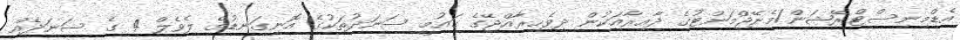
އެޑްމިނިސްޓްރޭޝަން/މެނޭޖްމަންޓުގެ ދާއިރާއަކުން ދިވެހިރާއްޖޭގެ ޤައުމީ ސަނަދުތަކުގެ އޮނިގަނޑުގެ ލެވެލް 4 ގެ ސަނަދެއް